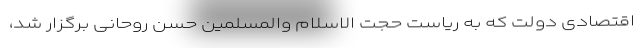
اقتصادی دولت که به ریاست حجت الاسلام والمسلمین حسن روحانی برگزار شد،